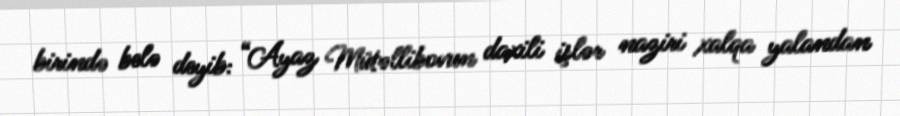
birində belə deyib: “Ayaz Mütəllibovun daxili işlər naziri xalqa yalandan